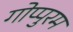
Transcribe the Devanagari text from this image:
गोप्पुरम